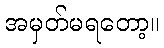
အမှတ်မရတော့။